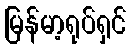
မြန်မာ့ရုပ်ရှင်